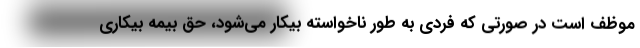
موظف است در صورتی که فردی به طور ناخواسته بیکار می‌شود، حق بیمه بیکاری